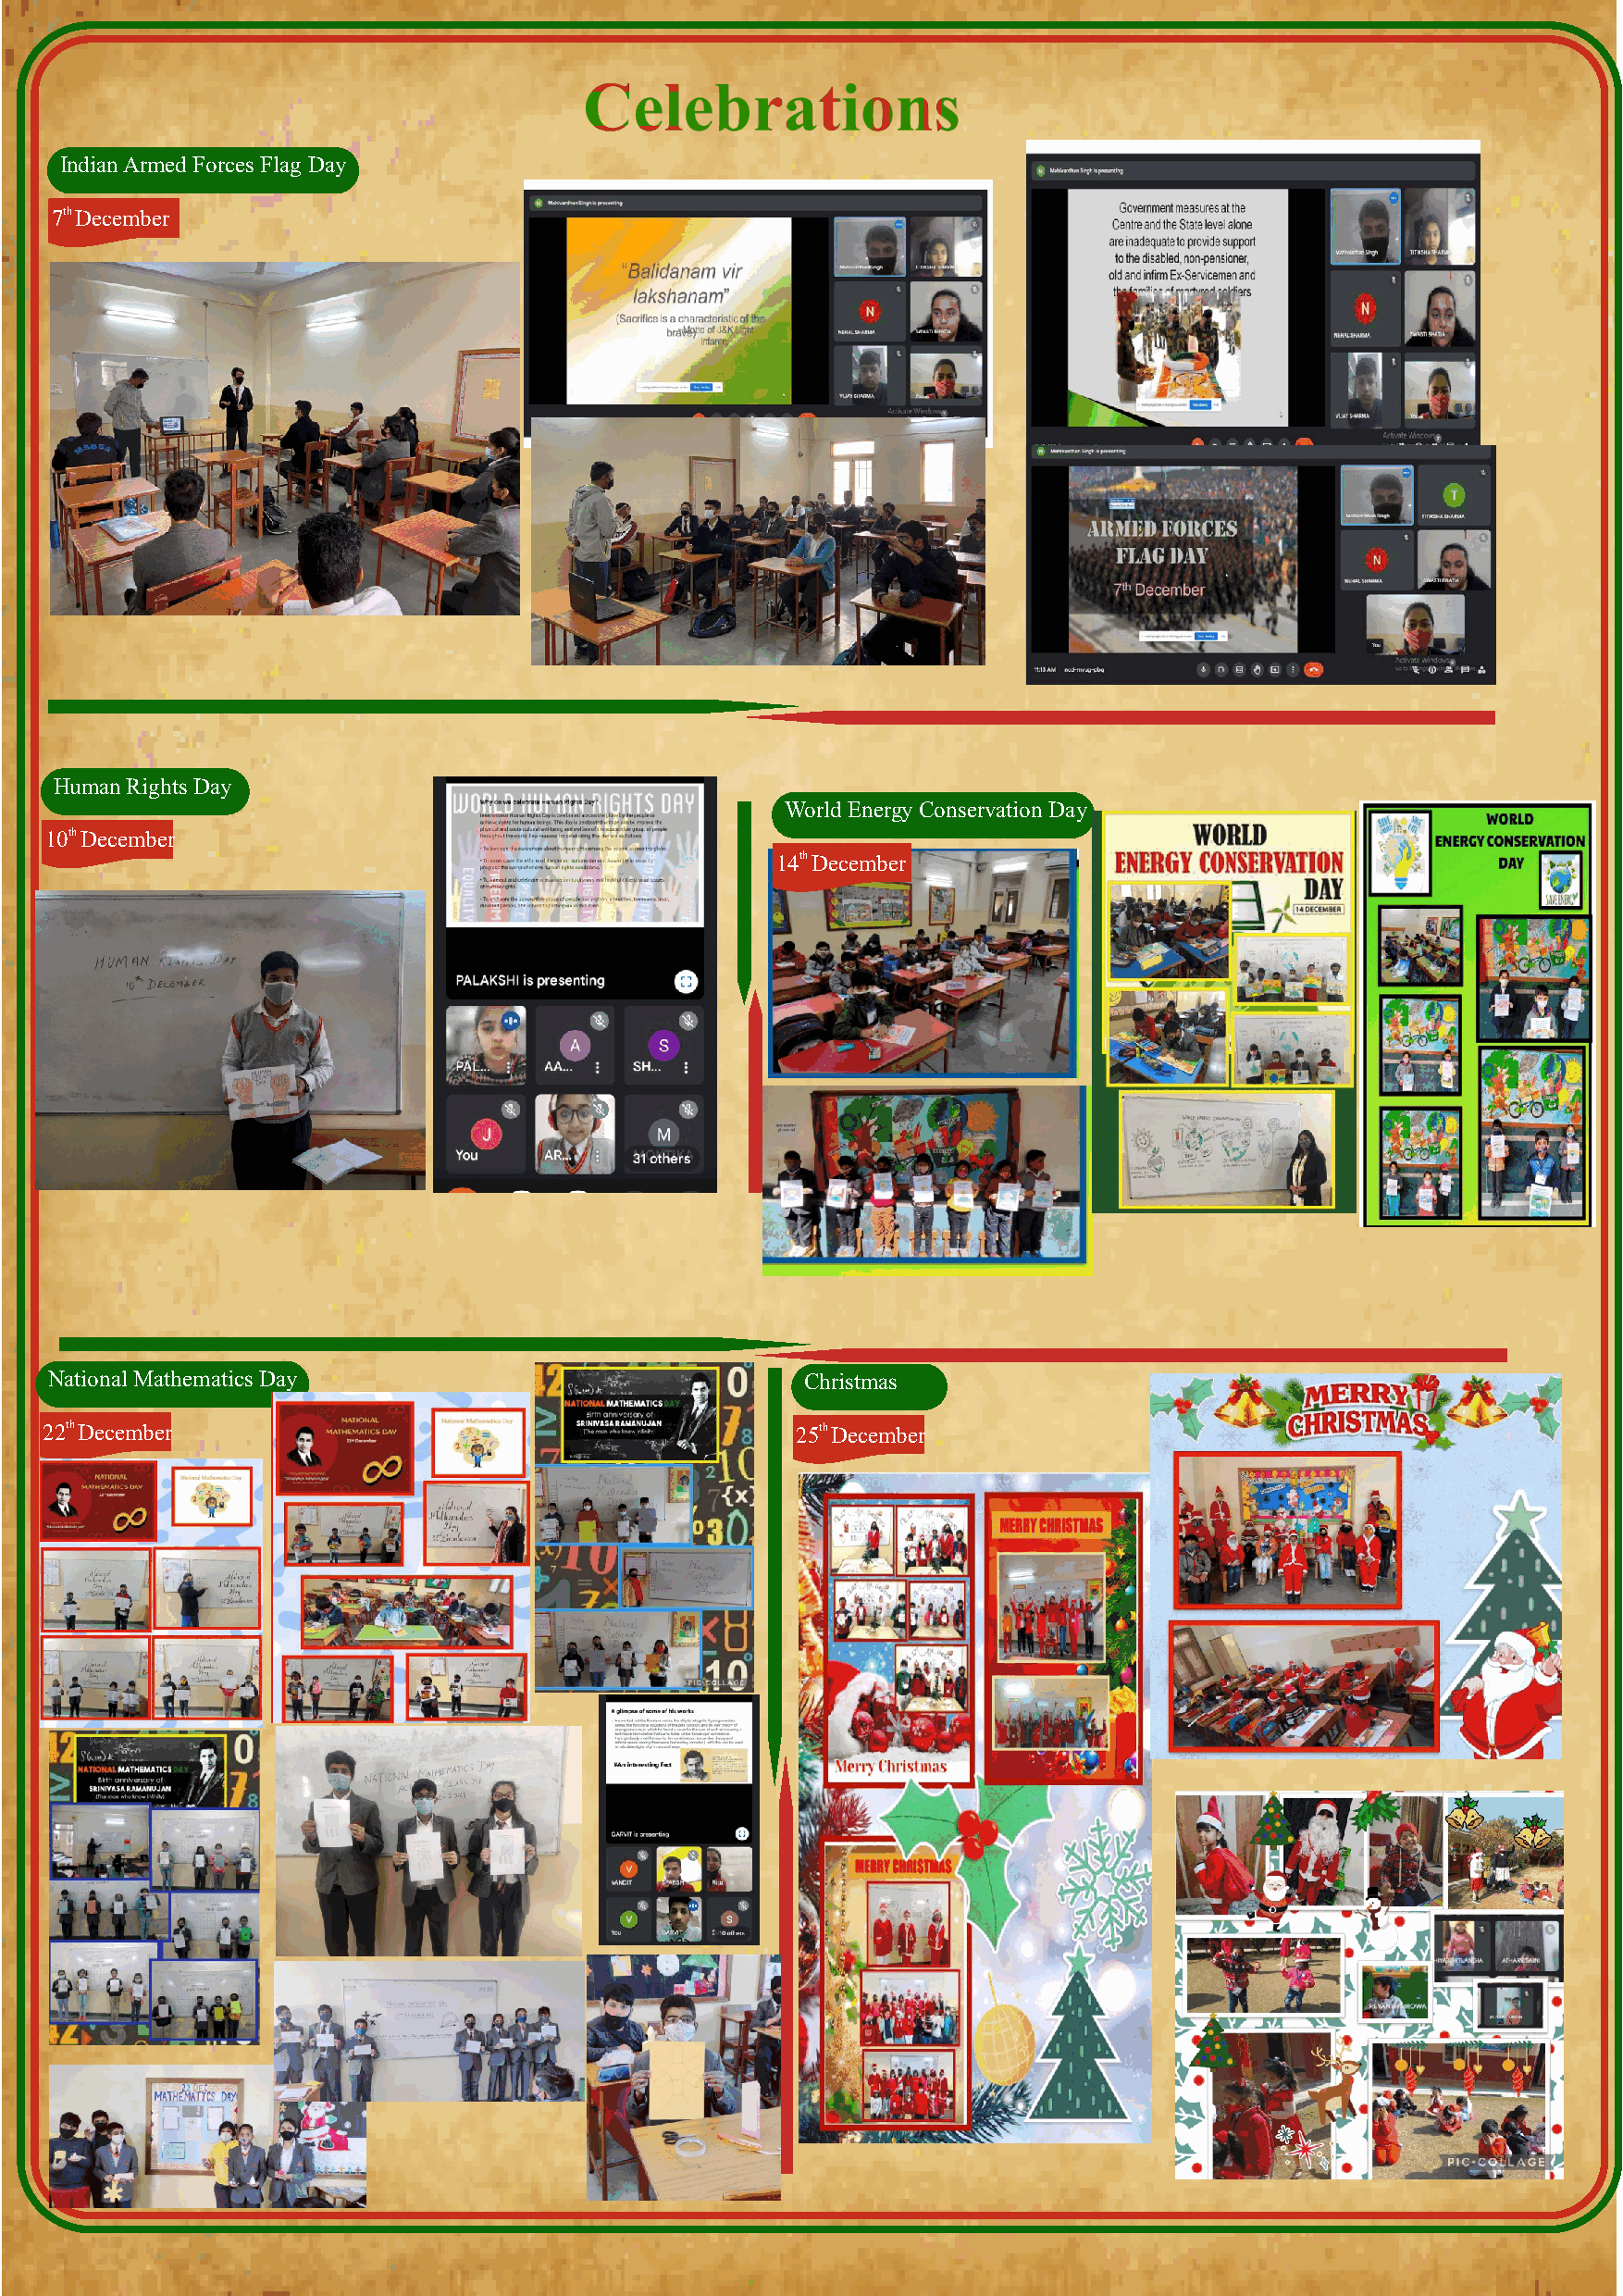
Indian Armed Forces Flag Day
 7th December
 Human Rights Day
 World Energy Conservation Day
 10th December
 14th December
 National Mathematics Day                               Christmas
 22th December                                         25th December